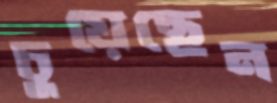
চুয়েছেন